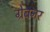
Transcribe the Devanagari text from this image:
ग्रेबनर